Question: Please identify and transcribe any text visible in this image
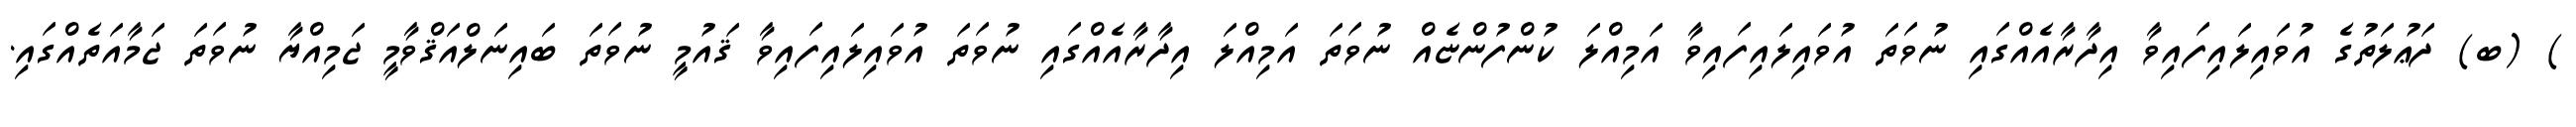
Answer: ) (ބ) ދަޢުލަތުގެ އުވައިލައިފައިވާ އިދާރާއެއްގައި ނުވަތަ އުވައިލައިފައިވާ އަމިއްލަ ކުންފުންޏެއް ނުވަތަ އަމިއްލަ އިދާރާއެއްގައި ނުވަތަ އުވައިލައިފައިވާ ޤައުމީ ނުވަތަ ބައިނަލްއަޤްވާމީ ޖަމިއްޔާ ނުވަތަ ޖަމާއަތެއްގައި.